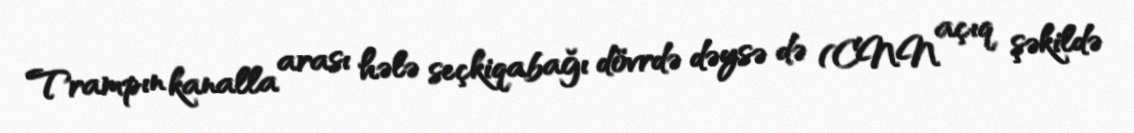
Trampın kanalla arası hələ seçkiqabağı dövrdə dəysə də (CNN açıq şəkildə